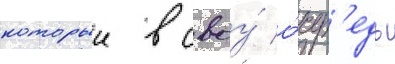
которыи в своу́ о́чер'едь